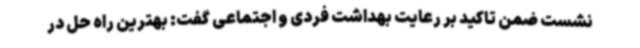
نشست ضمن تاکید بر رعایت بهداشت فردی و اجتماعی گفت: بهترین راه حل در